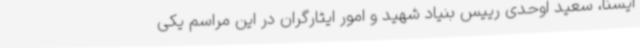
ایسنا، سعید اوحدی رییس بنیاد شهید و امور ایثارگران در این مراسم یکی